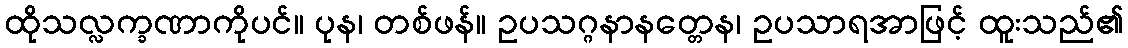
ထိုသလ္လက္ခဏာကိုပင်။ ပုန၊ တစ်ဖန်။ ဥပသဂ္ဂနာနတ္တေန၊ ဥပသာရအာဖြင့် ထူးသည်၏